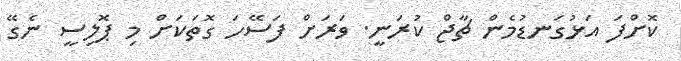
ކޮށްފަ އަޅުގަނޑުމެން ޗާޖް ކުރަނީ. ވަރަށް ފަސޭހަ ގޮތަކަށް މި ޕޮލިސީ ނެގޭ